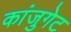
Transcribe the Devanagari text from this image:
कांजुगेट